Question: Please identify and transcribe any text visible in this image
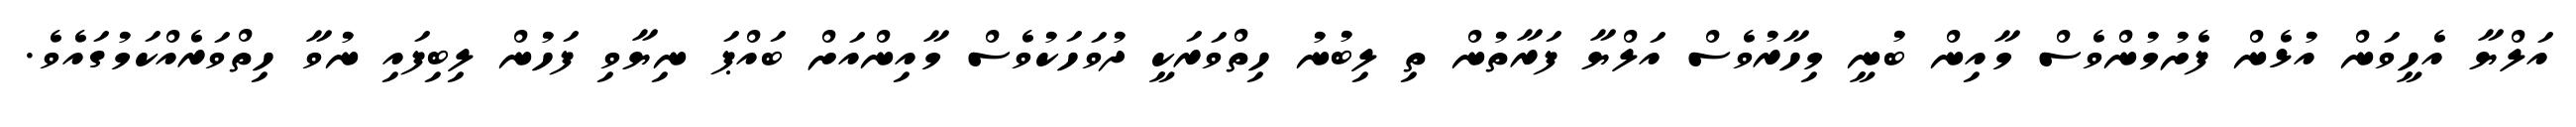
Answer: އަލްޔާ އެހީވަން އުޅެން ފެށުމުންވެސް މާއިން ބުނީ މިހާރުވެސް އަލްޔާ ފަރާތުން ތި ލިބުނު ހިތްވަރަކީ ދުވަހަކުވެސް މާއިންއަށް ބައްޕަ ނިޔާވި ފަހުން ލިބިފައި ނުވާ ހިތްވަރެއްކަމުގައެވެ.